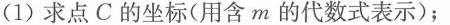
(1)求点C的坐标(用含m的代数式表示)；